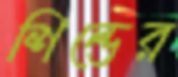
শিল্ডের